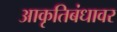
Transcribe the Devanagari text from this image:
आकृतिबंधावर